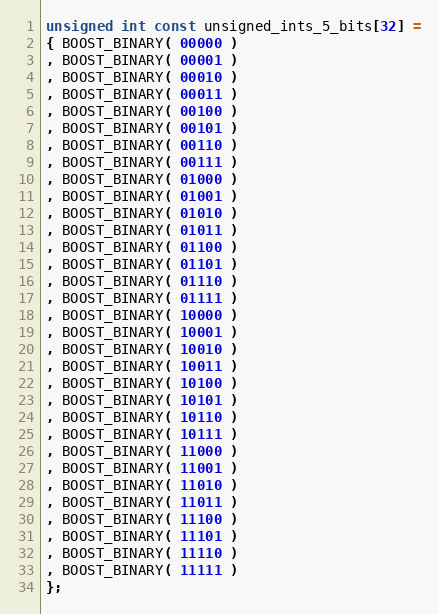
Language: C++
unsigned int const unsigned_ints_5_bits[32] =
{ BOOST_BINARY( 00000 )
, BOOST_BINARY( 00001 )
, BOOST_BINARY( 00010 )
, BOOST_BINARY( 00011 )
, BOOST_BINARY( 00100 )
, BOOST_BINARY( 00101 )
, BOOST_BINARY( 00110 )
, BOOST_BINARY( 00111 )
, BOOST_BINARY( 01000 )
, BOOST_BINARY( 01001 )
, BOOST_BINARY( 01010 )
, BOOST_BINARY( 01011 )
, BOOST_BINARY( 01100 )
, BOOST_BINARY( 01101 )
, BOOST_BINARY( 01110 )
, BOOST_BINARY( 01111 )
, BOOST_BINARY( 10000 )
, BOOST_BINARY( 10001 )
, BOOST_BINARY( 10010 )
, BOOST_BINARY( 10011 )
, BOOST_BINARY( 10100 )
, BOOST_BINARY( 10101 )
, BOOST_BINARY( 10110 )
, BOOST_BINARY( 10111 )
, BOOST_BINARY( 11000 )
, BOOST_BINARY( 11001 )
, BOOST_BINARY( 11010 )
, BOOST_BINARY( 11011 )
, BOOST_BINARY( 11100 )
, BOOST_BINARY( 11101 )
, BOOST_BINARY( 11110 )
, BOOST_BINARY( 11111 )
};